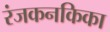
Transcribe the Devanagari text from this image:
रंजकनकिका